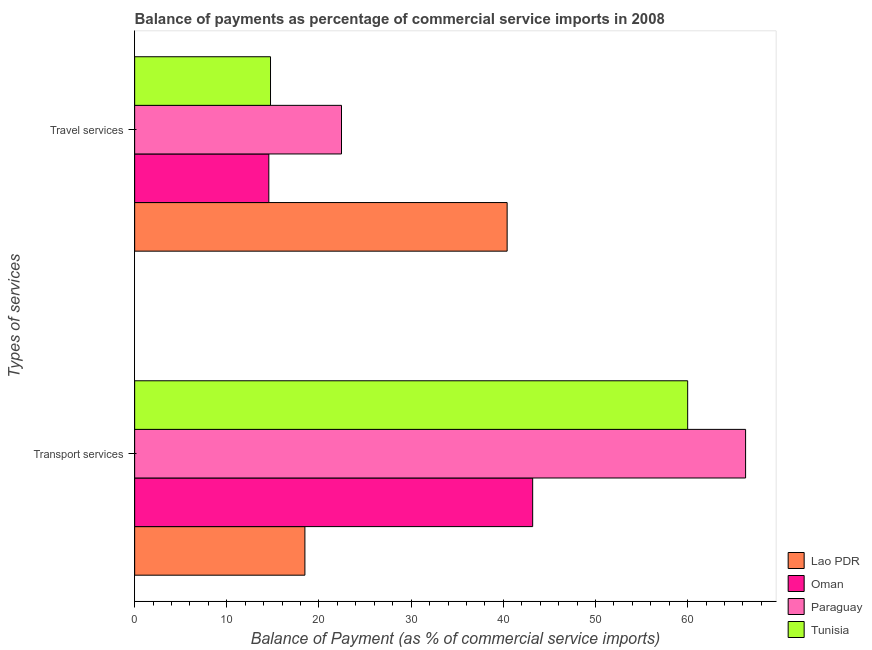
| Types of services | Lao PDR | Oman | Paraguay | Tunisia |
 | --- | --- | --- | --- | --- |
 | Transport services | 18.5 | 43.2 | 66.3 | 60 |
 | Travel services | 40.4 | 14.6 | 22.4 | 14.7 |